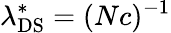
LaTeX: \lambda_{\mathrm{DS}}^{*}=(Nc)^{-1}